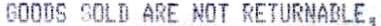
GOODS SOLD ARE NOT RETURNABLE,